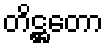
တိဋ္ဌတော